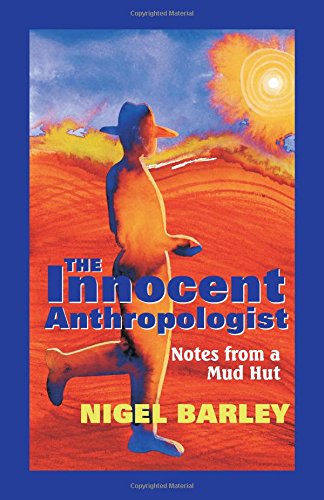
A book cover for The Innocent Anthropologist : Notes from a Mud Hut; Nigel Barley; Biographies & Memoirs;